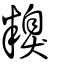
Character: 糗